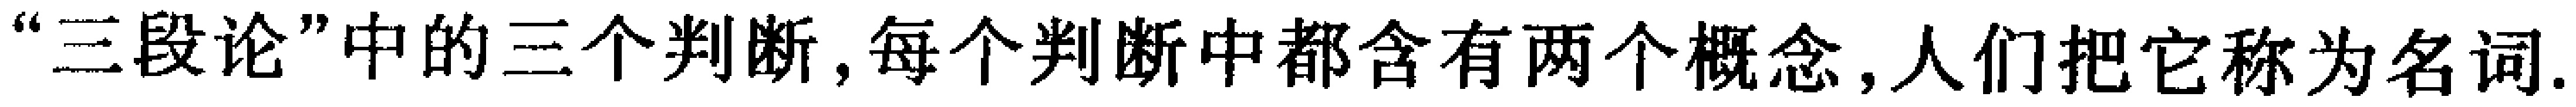
“三段论”中的三个判断,每个判断中都含有两个概念,人们把它称为名词.